Lunatic asylums Punjab 1911-1921 - 1911-1921
Year: 1911
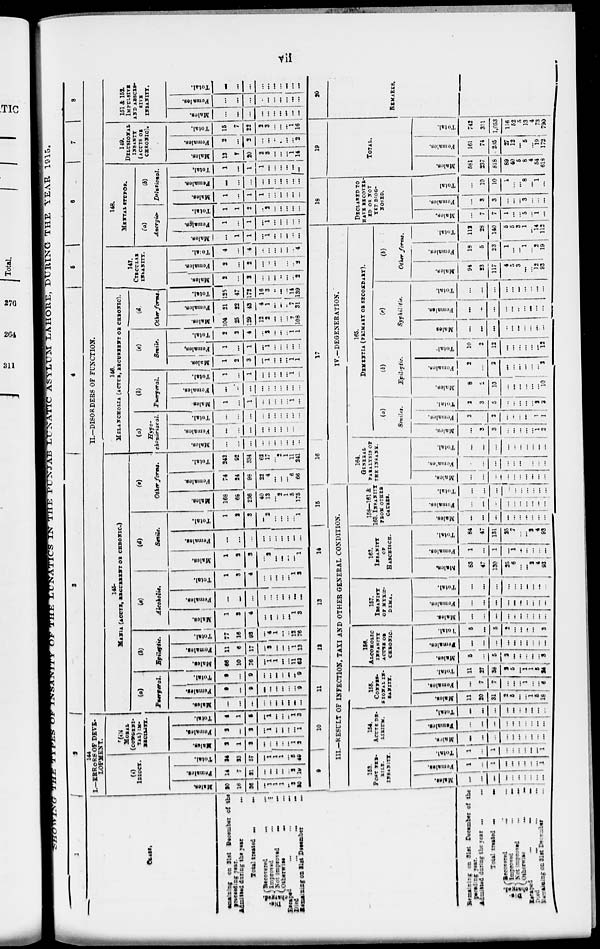
vii
SHOWING THE TYPES OF INSANITY OF THE LUNATICS IN PUNJAB LUNATICS ASYLUM LAHORE , DURING THE YEAR 1915.
1
CLASS.
Remaining on 31st December of the
preceding year.
Admitted during
the
year
...
Total treated
...
...
Dis-
charged.
Recovered
...
...
Improred
...
...
Not improved
...
...
Otherwise
...
...
Escaped
...
...
...
Died
...
...
...
Remaining on 31st December ...
2
144
I.—ERRORS OF DEVE-
LOPMENT.
(i)
IDIOCY.
Males.
20
16
36
...
1
1
1
...
3
20
Females.
14
7
21
...
...
...
...
...
2
19
Total.
34
23
57
...
1
1
1
...
5
49
(i)i
MORAL
(CONGENI-
TAL) IM-
RECILITY.
Males.
2
1
3
...
...
...
...
...
1
2
Females.
2
...
2
...
1
...
...
...
...
1
Total.
4
1
5
...
1
...
...
...
1
3
4
5
5 6
7 8
II.—DISORDERS OF FUNCTION.
145-
MANIA (ACUTE, RECURENT OR CHRONIC.)
(a)
Puerperal.
Males.
...
...
...
...
...
...
...
...
...
...
Females.
9
...
9
...
...
...
...
...
...
9
Total.
9
...
9
...
...
...
...
...
...
9
(b)
Epileptic.
Males.
66
10
76
...
1
1
...
...
11
63
Females.
11
6
17
...
3
...
...
...
1
13
Total.
77
16
93
...
4
1
...
...
12
76
(e)
Alcoholic.
Males.
1
3
4
...
...
...
...
...
1
3
Females.
...
...
...
...
...
...
...
...
...
...
Total.
1
3
4
...
...
...
...
...
1
3
(d)
Senile.
Males.
1
2
3
...
2
...
...
...
...
1
Females.
...
...
...
...
...
...
...
...
...
...
Total.
1
2
3
...
2
...
...
...
...
1
(e)
Other forms.
Males.
168
65
236
40
13
...
2
1
5
175
Females.
74
24
98
22
4
...
...
...
6
66
Total.
242
92
334
62
17
...
2
1
11
241
146.
MELANCHOLIA (ACTUE, RECUREENT OR CHRONIC).
(a)
Hypo-
chondrical.
Males.
...
...
...
...
...
...
...
...
...
...
Females.
...
...
...
...
...
...
...
...
...
Total.
...
...
...
...
...
...
...
...
...
...
(b)
Puerperal.
Males.
1
...
1
...
...
...
...
...
1
...
Females.
...
...
...
...
...
...
...
...
...
...
Total.
1
...
1
...
...
...
...
...
1
...
(e)
Senile.
Males.
1
2
3
...
1
...
...
...
1
1
Females.
1
...
1
...
1
...
...
...
...
...
Total.
2
2
4
...
2
...
...
...
1
1
(d)
Other forms.
Males.
104
25
129
12
2
...
...
...
7
108
Females.
21
22
43
4
1
...
...
...
7
31
Total.
125
47
172
16
3
...
...
...
14
139
147.
CIRCULAR
INSANITY.
Males.
2
...
2
...
...
...
...
...
...
2
Females.
2
...
2
...
...
...
...
...
..
2
|Total.
4 ...
4
...
...
...
...
...
...
4
148.
MENTAL STUPOR.
(a)
Anergic
Males.
...
1
1
...
1
...
...
...
...
...
Females.
1
...
1
...
1
...
...
...
...
...
Total.
1
1
2
..
2
...
...
...
...
...
(b)
Delusional.
Males.
1
...
1
1
...
...
...
...
...
...
Females.
...
...
...
...
...
...
...
...
...
...
Total.
1
...
1
1
...
...
...
...
...
...
149.
DELUSIONAL
INSANTY
(ACUTS OR
CHRONIC).
Males.
13
7
20
2
3
...
...
...
1
14
Females.
2
...
2
...
...
...
...
...
...
2
Total.
15
7
22
2
3
...
...
...
1
16
151 & 152.
IMPULSIVE
AND ABSCES-
SIVE
INSANITY.
Males.
...
...
...
...
...
...
...
...
...
...
Females.
...
...
...
...
...
...
...
...
...
...
Total.
...
...
...
...
...
...
...
...
...
...
Remaining on 31st December of the
preceding year.
Admitted during the year ...
Total treated
...
...
Dis-
charged.
Recovered
...
...
Improved
...
...
Not
improved
...
...
Otherwise
...
...
Escaped
...
...
...
Died ... ... ...
Remaining on 31st December ...
9
10 11 13
13
14
15
III.-RESULT OF INFECTION, TAXI AND OTHER GENERAL CONDITION.
153.
POST PER-
RILE.
INSANITY.
Males.
...
...
...
...
...
...
...
...
...
...
Females.
1
...
1
...
...
...
...
...
...
1
Total.
1
...
1
...
...
...
...
...
...
1
154.
ACUTE DE-
LIRIUM.
Males.
...
...
...
...
...
...
...
...
...
...
Females.
...
...
...
...
...
...
...
...
...
...
Total.
...
...
...
...
...
...
...
...
...
...
155.
CONFES-
SIONAL IN-
SANITY.
Males.
11
20
31
2
5
...
...
1
5
18
Females.
...
7
7
...
...
...
1
...
...
6
Total.
11
27
38
2
5
...
1
1
5
24
156.
ALCOHOLIC
INSANITY
ACUTE OR
CHRONIC.
Males.
5
...
5
2
...
...
...
...
...
3
Females.
...
...
...
...
...
...
...
...
...
...
Total.
5
...
5
2
...
...
...
...
...
3
157.
INSANITY
OF
MYIC-
DEMA.
Males.
...
...
...
...
...
...
...
...
...
...
Females.
...
...
...
...
...
...
...
...
...
...
Total.
...
...
...
...
...
...
...
...
...
...
162.
INSANITY
OF
HASCHISCH.
Males.
83
47
130
25
6
...
...
2
4
93
Females.
1
...
1
...
1
...
...
...
...
...
Total.
84
47
131
25
7
...
...
2
4
93
158—161 &
168. INSANITY
FROM OTHER
CAUSES.
Males.
...
...
...
...
...
...
...
...
...
...
Females.
...
...
...
...
...
...
...
...
...
...
Total.
...
...
...
...
...
...
...
...
...
...
16
17
IV.-DEGENERATION.
164.
GENERAL
PARALYSIS OF
THE
INSANY.
Males.
...
...
...
...
...
...
...
...
...
...
Females.
...
...
...
...
...
...
...
...
...
...
Total.
...
...
...
...
...
...
...
...
... ...
165.
DEMENTIA (PRIMARY OR SECONDARY).
(a)
Semles.
Males.
...
3
3
...
...
...
...
...
1
2
Females.
2
2
...
...
...
...
...
1
1
Total.
2
3
5
...
...
...
...
...
2
3
(b)
Epileptic.
Males.
8
2
13
...
...
...
...
...
...
10
Females.
2
...
2
...
...
...
...
...
...
2
Total.
10
2
12
...
...
...
...
...
...
12
(c)
Syphilitie.
Males.
...
...
...
...
...
...
...
...
...
...
Females.
...
...
...
...
...
...
...
...
...
...
Total.
...
...
...
...
...
...
...
...
...
...
(b)
Other forms.
Males.
94
23
117
4
5
3
...
...
12
93
Females.
18
5
23
1
...
...
1
...
2
19
Total.
112
28
140
5
5
3
1
...
14
112
18
DECLARED TO
HAVE RECOVER-
ED OR NOT
YET DIOG-
NOSED.
Males.
...
7
7
1
...
...
5
...
1
...
Females.
...
3
3
...
...
...
3
...
...
...
Total
...
10
10
1
...
...
8
...
1
...
19
TOTAL.
Males.
581
237
818
89
40
5
8
4
54
618
Females.
161
74
285
27
12
...
5
...
19
172
Total.
742
311
1,053
116
52
5
13
4
73
790
20
REMARKS.